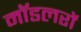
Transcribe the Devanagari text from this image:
मॉडलरों